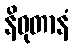
နိဝုတာနံ